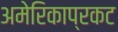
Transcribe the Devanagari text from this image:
अमेरिकाप्रकट